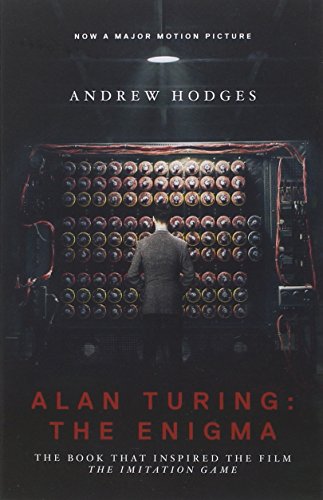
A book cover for Alan Turing: The Enigma: The Book That Inspired the Film "The Imitation Game"; Andrew Hodges; Computers & Technology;